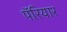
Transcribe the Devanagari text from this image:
पॅरियार